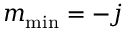
m _ { \mathrm { m i n } } = - j